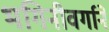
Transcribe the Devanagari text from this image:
भगिनीवर्गाने